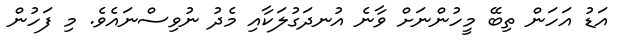
އަޑު އަހަން ތިބޭ މީހުންނަށް ވާނެ އުނދަގުލަކާއި މެދު ނުވިސްނައެވެ. މި ފަހުން